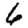
Digit: 6